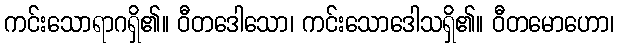
ကင်းသောရာဂရှိ၏။ ဝီတဒေါသော၊ ကင်းသောဒေါသရှိ၏။ ဝီတမောဟော၊